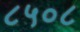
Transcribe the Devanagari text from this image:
८५०८